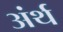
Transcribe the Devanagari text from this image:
अंर्थ